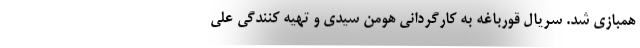
همبازی شد. سریال قورباغه به کارگردانی هومن سیدی و تهیه کنندگی علی